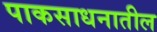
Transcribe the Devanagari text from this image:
पाकसाधनातील